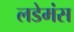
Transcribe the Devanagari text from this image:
लडेमंस